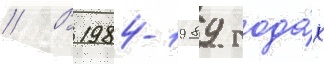
// В 1984-1989 года́х